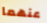
عنهما